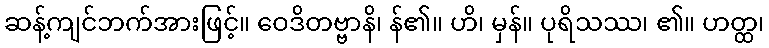
ဆန့်ကျင်ဘက်အားဖြင့်။ ဝေဒိတဗ္ဗာနိ၊ န်၏။ ဟိ၊ မှန်။ ပုရိသဿ၊ ၏။ ဟတ္ထ၊